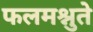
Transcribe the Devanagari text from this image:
फलमश्नुते